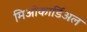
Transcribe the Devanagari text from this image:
मिओकार्डिअल